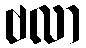
ဗလာ